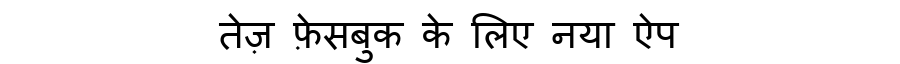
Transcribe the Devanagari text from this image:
तेज़ फ़ेसबुक के लिए नया ऐप